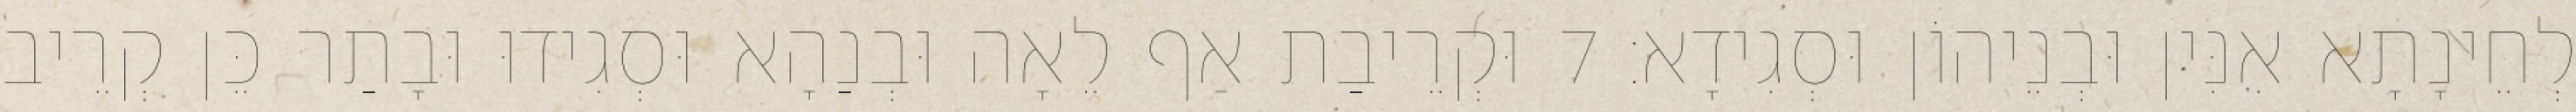
לְחֵינָתָא אִנִּין וּבְנֵיהוֹן וּסְגִידָא׃ 7 וּקְרֵיבַת אַף לֵאָה וּבְנַהָא וּסְגִידוּ וּבָתַר כֵּן קְרֵיב